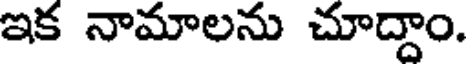
ఇక నామాలను చూద్దాం.